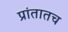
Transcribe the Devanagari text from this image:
प्रांतातच